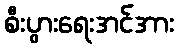
စီးပွားရေးအင်အား